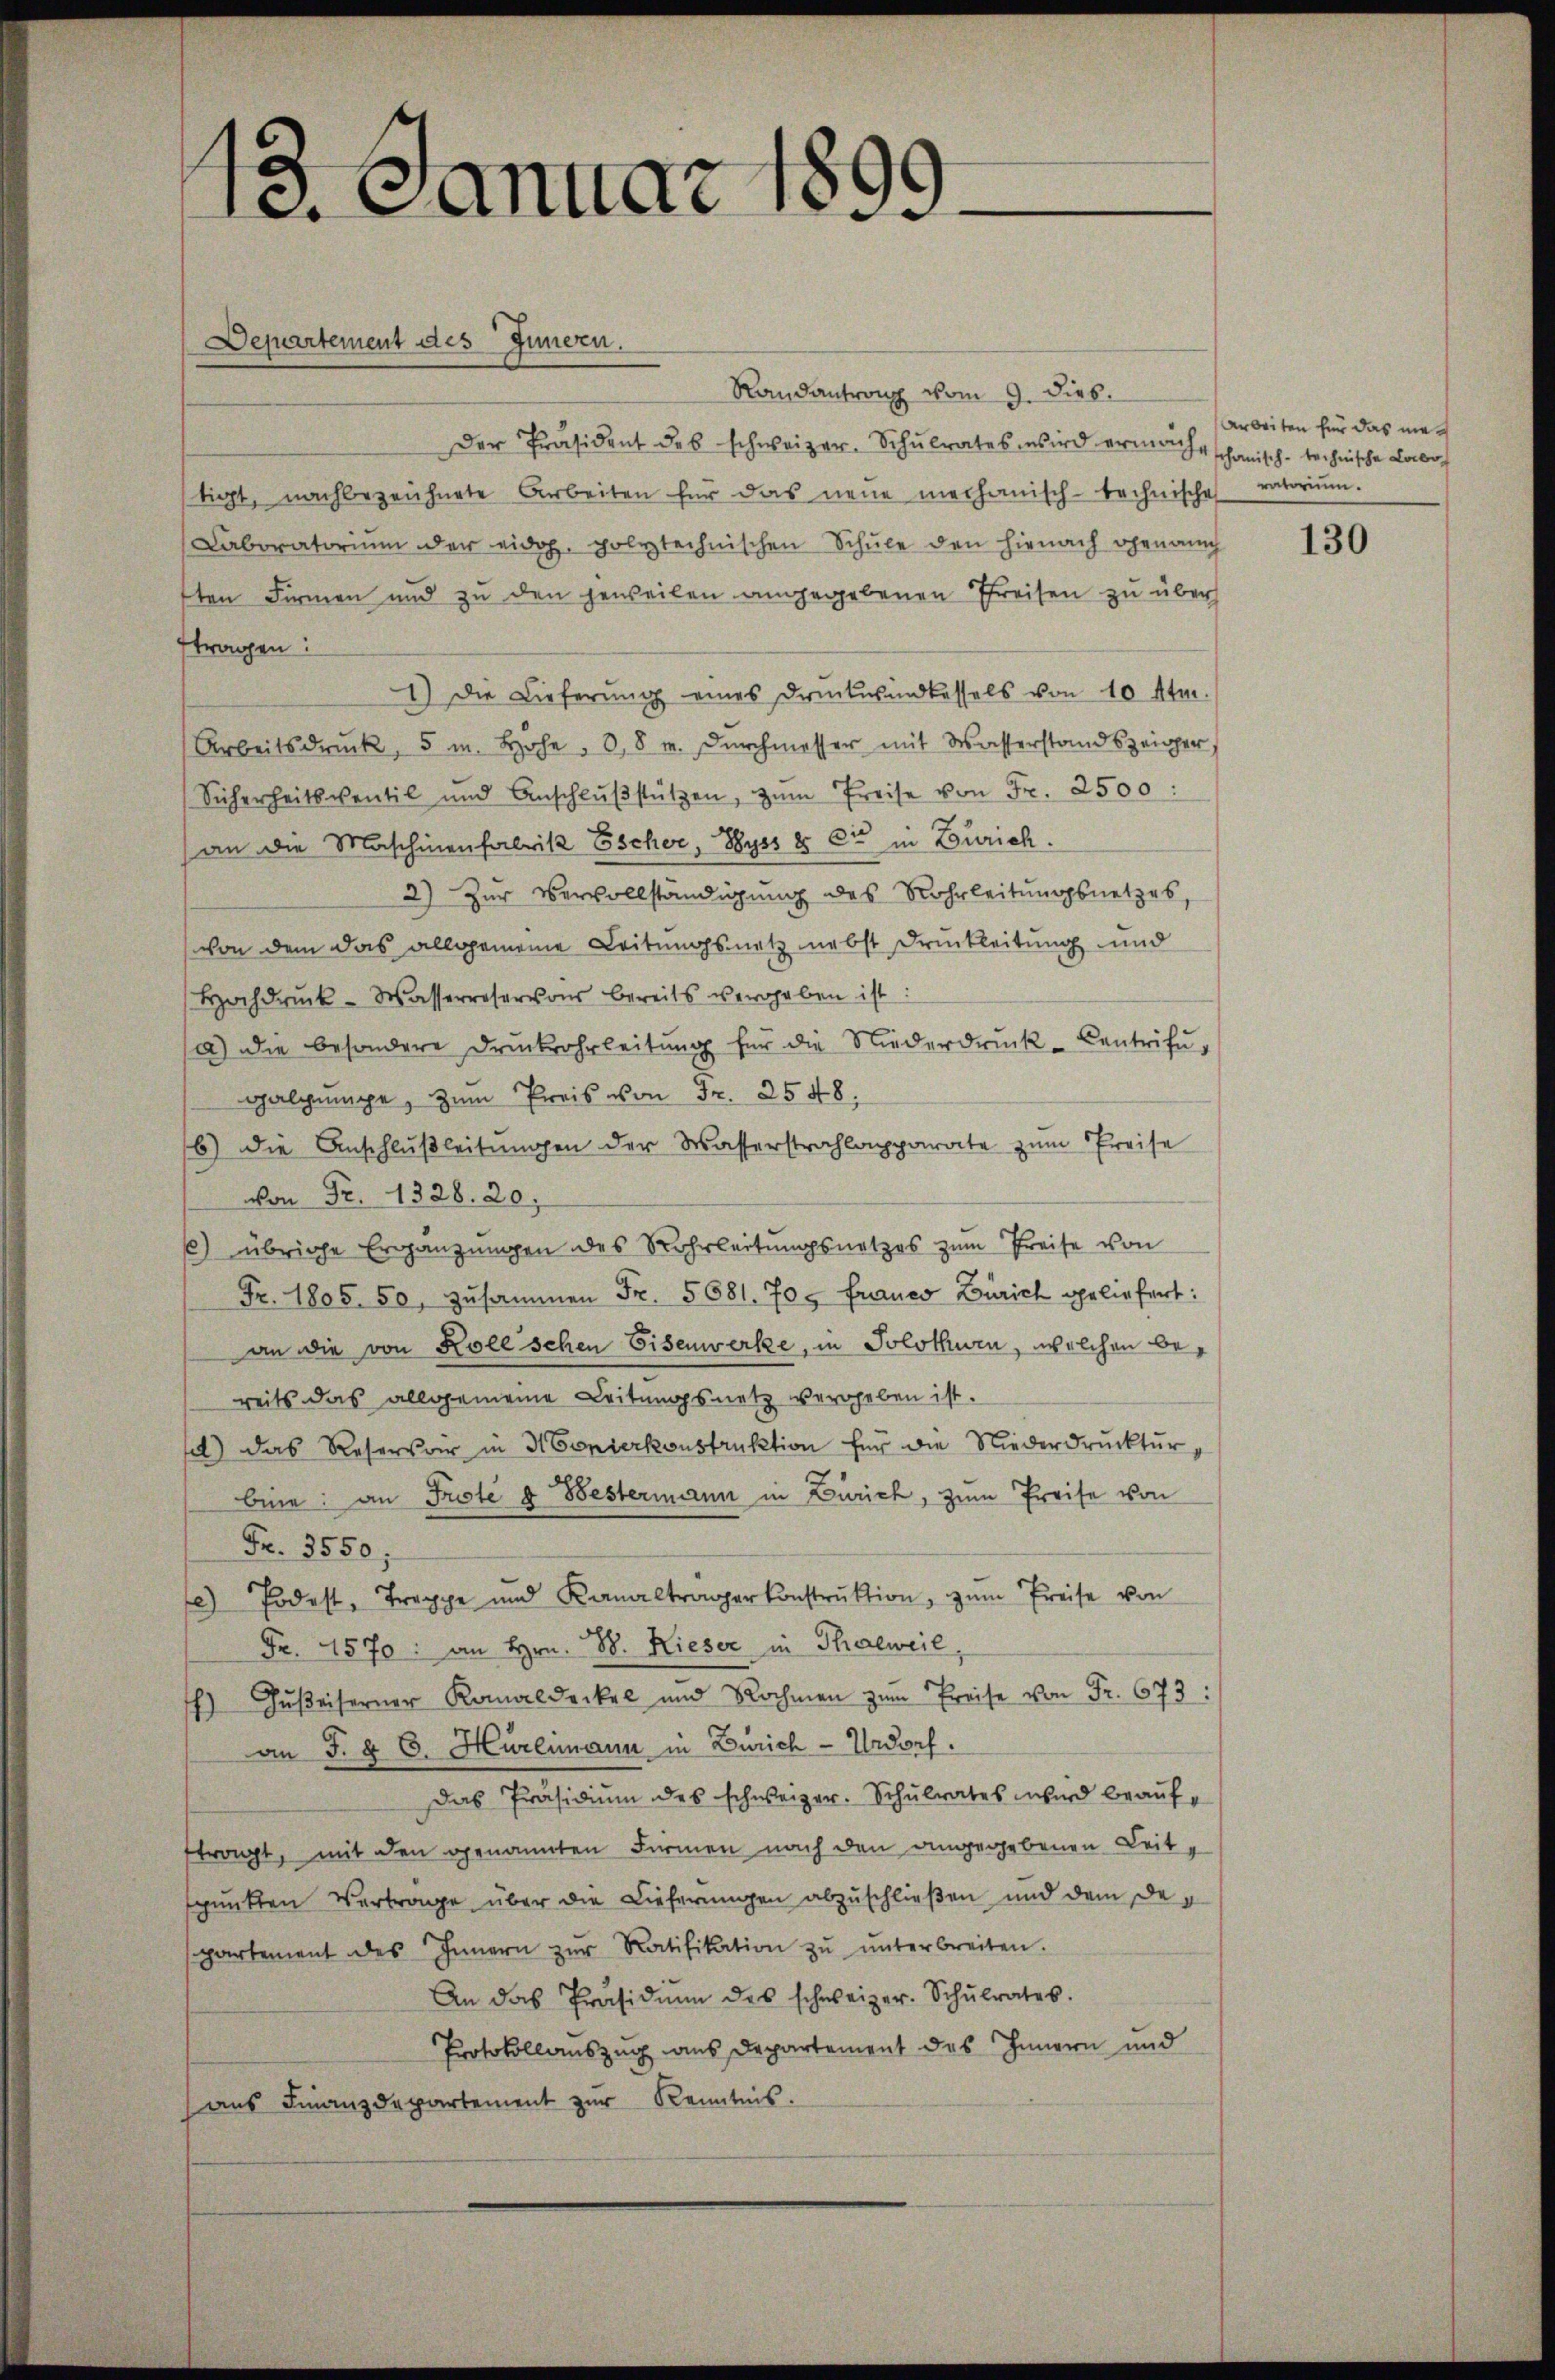
10. Januar 1899.

Randantrang vom 9. Dieb.
Der Präsident des schweizer. Schulrates wird ermacht schanisch-technische Labo
tigt, nachbezeichnete Arbeiten für das neŭe mechanisch-technische ratoriŭm.
Caboratorium der eidg. polytechnischen Schule den hienach genau
ten Firmen und zu den jeweilen angegebenen Preisen zu überh
tragen:
1.) Die Lieferŭng eines Drückwindessels von 10 Atm.
Arbeitsdruck, 5 u. Hohe, 38 u. Durchmesser mit Wasserstandszeiger,
Sicherheitsventil und Anschlŭβstützen, zŭm Preise von Fr. 2500:
an die Maschinenfabrik Escher, Wyss & Cie in Zürich.
2) Zur Vervollständigung des Rohrleitungsnetzes,
von dem das allgemeine Leitungsnetz nebst Druckleitung und
Hochdrŭck-Wasserreservons bereits vergeben ist:
a) die besondere Druckwahrleitŭng für die Niederdruck- Centrifugalgŭnge, zŭm Preis von Fr. 2548.
6) Die Anschlŭβleitŭngen der Wasserstrahlapparate zŭm Preise
von Fr. 1328. 20.
) übrige Ergänzungen des Rohrleitungsnetzes zum Preise von
Fr. 1805. 50, zusammen Fr. 5681. 70. Franco Zürich geliefert:
an die von Koleschen Eisenwerke, in Solothurn, welchen bereits das allgemeine Leitungsnetz vergeben ist.
e) das Reservir in H Conserkonstruktion für die Niederdruckturbine: an Prote d. Bestermann in Zürich, zum Preise von
Fr. 3550;
c) Podest, Treppe und Kanaltrager konstrŭktion, zŭm Preise von
Fr. 1570: an Hrn. B. Rieser in Thalweil,
) Gŭβeiserner Kadecke und Rahme zŭm Preis von Fr. 673.
an J. § 6. Hürlimann in Zürich-Urdorf.
Das Präsidium des schweizer. Schulrates wird beaufftragt, mit den genannten Firmen nach den angegebenen Leitspunkten Vertrage über die Lieferungen abzuschließen und dem Despartement des Innern zŭr Ratifikation zŭ ŭnterbreiten.
An das Präsidiŭm des schweizer. Schŭlrates.
Protokollauszug aus Departement des Innern und
ans Finanzdepartement zŭr Kenntnis.

Departement des Innern.

Arbeiten für das nie¬

130